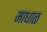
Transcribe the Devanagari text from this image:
माधाळ